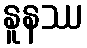
နူနဿ